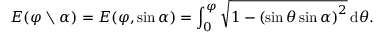
E ( \varphi \setminus \alpha ) = E ( \varphi , \sin \alpha ) = \int _ { 0 } ^ { \varphi } { \sqrt { 1 - \left( \sin \theta \sin \alpha \right) ^ { 2 } } } \, \mathrm { d } \theta .